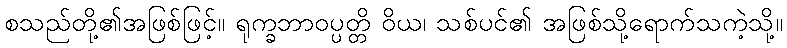
စသည်တို့၏အဖြစ်ဖြင့်။ ရုက္ခဘာဝပ္ပတ္တိ ဝိယ၊ သစ်ပင်၏ အဖြစ်သို့ရောက်သကဲ့သို့။